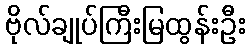
ဗိုလ်ချုပ်ကြီးမြထွန်းဦး